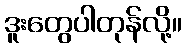
ဒူးတွေပါတုန်လို့။